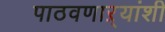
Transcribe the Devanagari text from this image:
पाठवणाऱ्यांशी